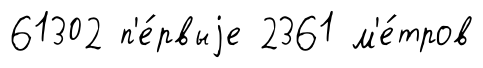
61302 п'е́рвыjе 2361 м'е́тров